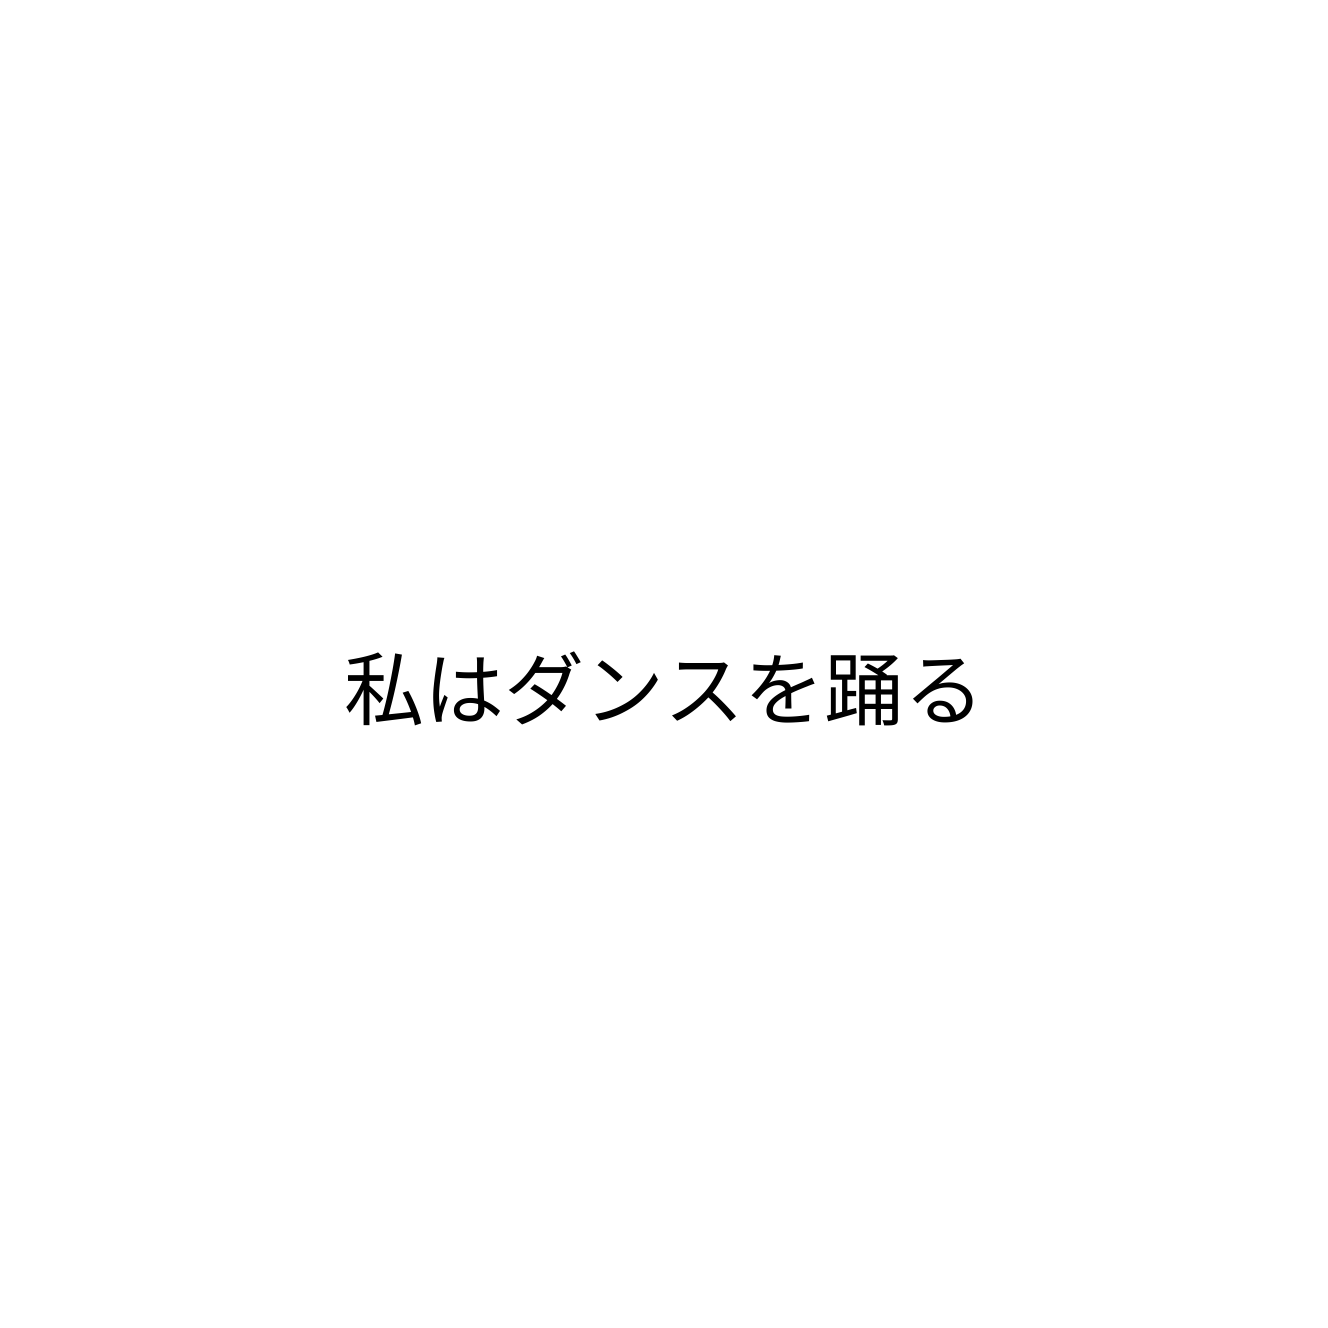
私はダンスを踊る